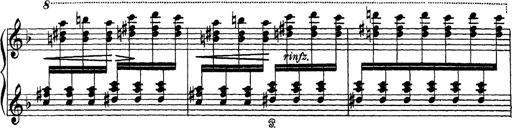
Title: Scherzo und Marsch
Composer: Franz Liszt